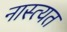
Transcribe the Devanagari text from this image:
नास्त्यत